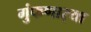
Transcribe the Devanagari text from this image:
गुंफणार्‍या